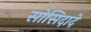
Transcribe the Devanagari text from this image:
सोसिदादे